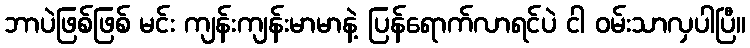
ဘာပဲဖြစ်ဖြစ် မင်း ကျန်းကျန်းမာမာနဲ့ ပြန်ရောက်လာရင်ပဲ ငါ ဝမ်းသာလှပါပြီ။